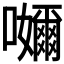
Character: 𭌮